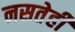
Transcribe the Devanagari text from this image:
नसतेही